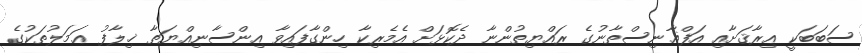
ސަބަބަކީ ޢިރާޤަށާއި އަފްޣާނިސްތާނުގެ ރައްޔިތުންނާ ދެކޮޅަށް އެމެރިކާ ހިންގާފައިވާ އިންސާނިއްޔަތާ ޚިލާފު ޢަމަލުތަކުގެ